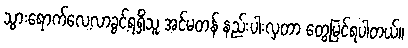
သွားရောက်လေ့လာခွင့်ရရှိသူ အင်မတန် နည်းပါးလှတာ တွေ့မြင်ရပါတယ်။